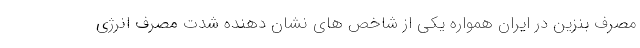
مصرف بنزین در ایران همواره یکی از شاخص های نشان دهنده شدت مصرف انرژی